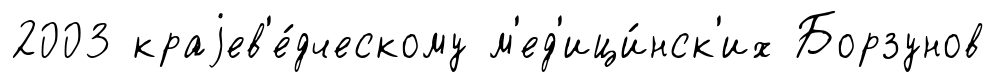
2003 краjев'е́дческому м'ед'ици́нск'их Борзунов